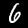
Digit: 6